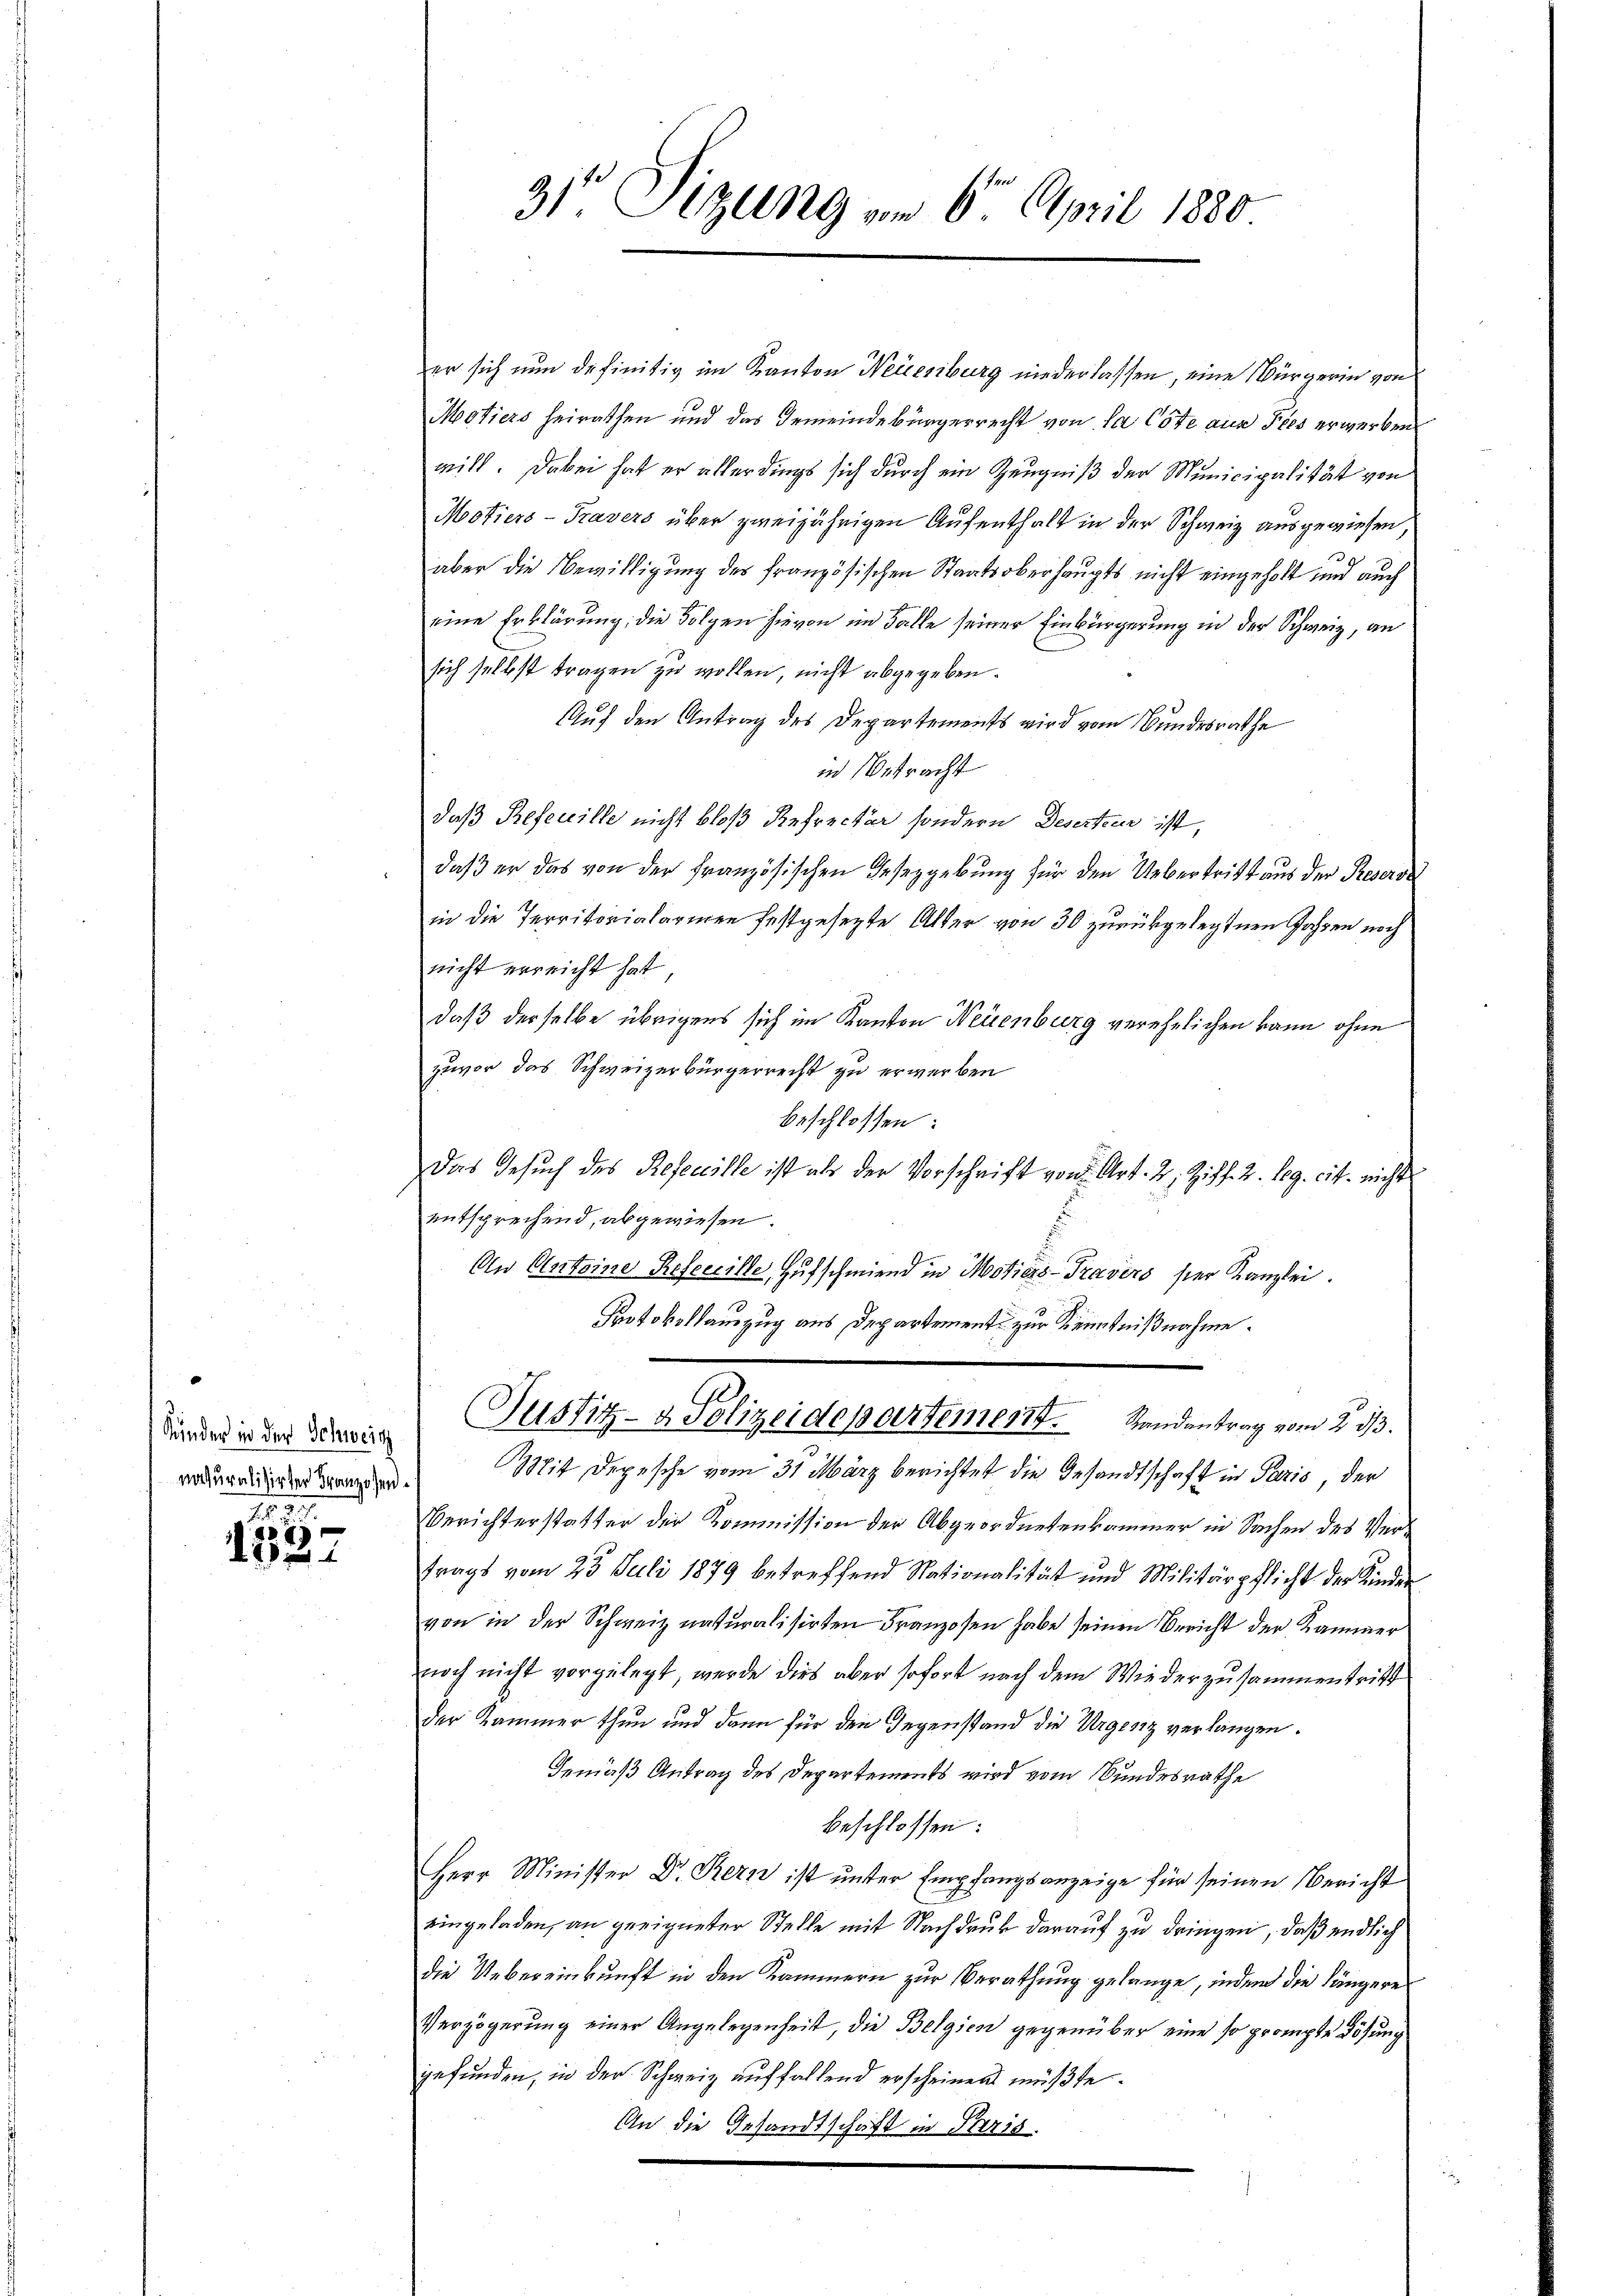
Kinder in der Schweiz

27)
2

er sich nun definitiv im Kanton Neuenburg niederlassen, eine Bürgerin von
Motiers heirathen und das Gemeindebürgerrecht von da Cote aus Pies erwerben
will. Dabei hat er allerdings sich durch ein Zeugniß der Municipalität von
Motiers-Travers über zweijährigen Aufenthalt in der Schweiz ausgewiesen,
u
aber die Bewilligung des französischen Staatsoberhaupts nicht eingeholt und auch
eine Erklärung, die Folgen hievon im Falle seiner Einbürgerung in der Schweiz, an
sich selbst tragen zu wollen, nicht abgegeben.
Auf den Antrag des Departements wird vom Bundesrathe
in Betracht
daß Referille nicht bloß Refrecker sondern Deserteur ist,
daß er das von der Französischen Gesetzgebung für den Uebertritt aus der Resers
in die Territorialarmen festgesetzte Alter von 30 zurückgelegten Jahren noch
nicht erreicht hat,
daß derselbe übrigens sich im Kanton Neuenburg verehelichen kann ohne
zuvor das Schweizerbürgerrecht zu erwerben
beschlossen:
Das Gesuch des Refeccille ist als der Vorschrift von Art. 2, Ziff. 2. Leg. cit. nicht
entsprechend, abgewiesen.
An Antoine Refeccille, Hufschmiend in Motiers-Travers ser Kanzlei.
Protokollauszug aus Departement zur Kenntnißnahme.

31 Sizung am 6. April 1880

Justiz- & Polizeidepartement. Randantrag vom 2. 33.

redenen werden Mit Depesche vom 31. März berichtet die Gesandtschaft in Paris, der
Berichterstatter der Kommission der Abgeordnetenkommer in Sachen des Vertrags vom 23. Juli 1879 betreffend Nationalität und Militärpflicht der Kinder
von in der Schweiz naturalisirten Franzosen habe seinen Bericht der Kammer
noch nicht vorgelegt, werde dies aber sofort nach dem Wiederzusammentritt
der Kammer thun und dann für den Gegenstand die Urgesiz verlangen.
Gemäß Antrag des Departements wird vom Bundesrathe
beschlossen:
Herr Minister Dr. Kern ist unter Empfangsanzeige für seinen Bericht
eingeladen, an geeigneter Stelle mit Nachdruck darauf zu dringen, daß endlich
die Uebereinkunft in den Kammern zur Berathung gelange, indem die längere
Verzögerung einer Angelegenheit, die Belgien gegenüber eine so prompter Lösung
gefunden, in der Schweiz auffallend erscheinen müßte.
An die Gesandtschaft in Paris.